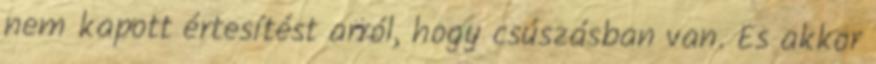
nem kapott értesítést arról, hogy csúszásban van. És akkor